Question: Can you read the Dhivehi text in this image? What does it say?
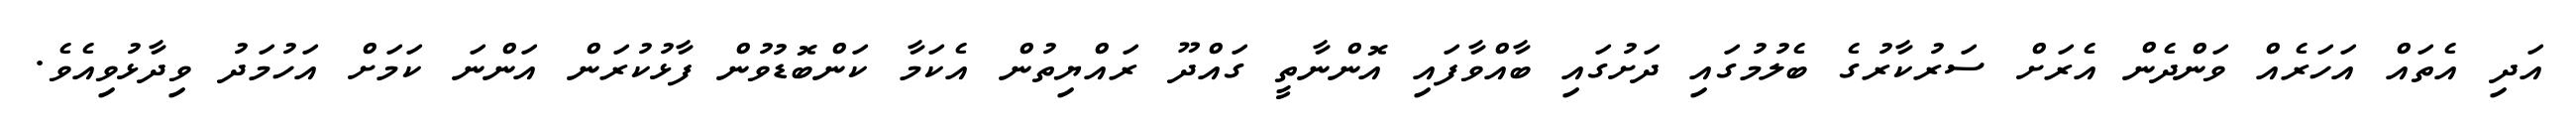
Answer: އަދި އެތައް އަހަރެއް ވަންދެން އެރަށް ސަރުކާރުގެ ބެލުމުގައި ދަށުގައި ބާއްވާފައި އޮންނާތީ ގައްދޫ ރައްޔިތުން އެކަމާ ކަންބޮޑުވުން ފާޅުކުރަން އަންނަ ކަމަށް އަހުމަދު ވިދާޅުވިއެވެ.